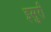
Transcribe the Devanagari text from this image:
इसुरी